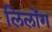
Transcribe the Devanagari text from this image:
लिलोंग